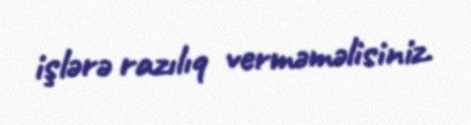
işlərə razılıq verməməlisiniz.